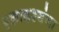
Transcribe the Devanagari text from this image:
एकादश्यंना